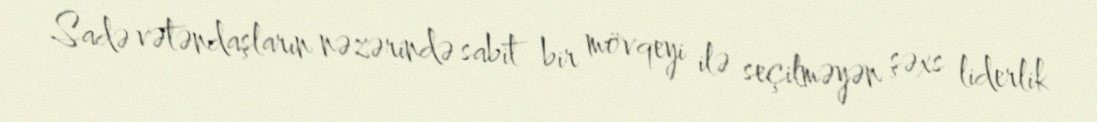
Sadə vətəndaşların nəzərində sabit bir mövqeyi ilə seçilməyən şəxs liderlik